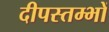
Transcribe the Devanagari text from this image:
दीपस्तम्भों